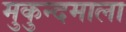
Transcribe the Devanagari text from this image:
मुकुन्दमाला